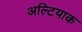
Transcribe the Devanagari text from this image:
अल्टियाक